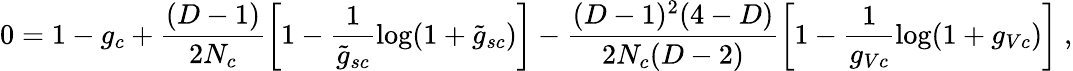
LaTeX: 0=1-g_{c}+\frac{(D-1)}{2N_{c}}\left[1-\frac{1}{\tilde{g}_{sc}}\log(1+\tilde{g}_{sc})\right]-\frac{(D-1)^{2}(4-D)}{2N_{c}(D-2)}\left[1-\frac{1}{g_{Vc}}\log(1+g_{Vc})\right]\ ,